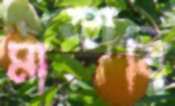
মাকাবি